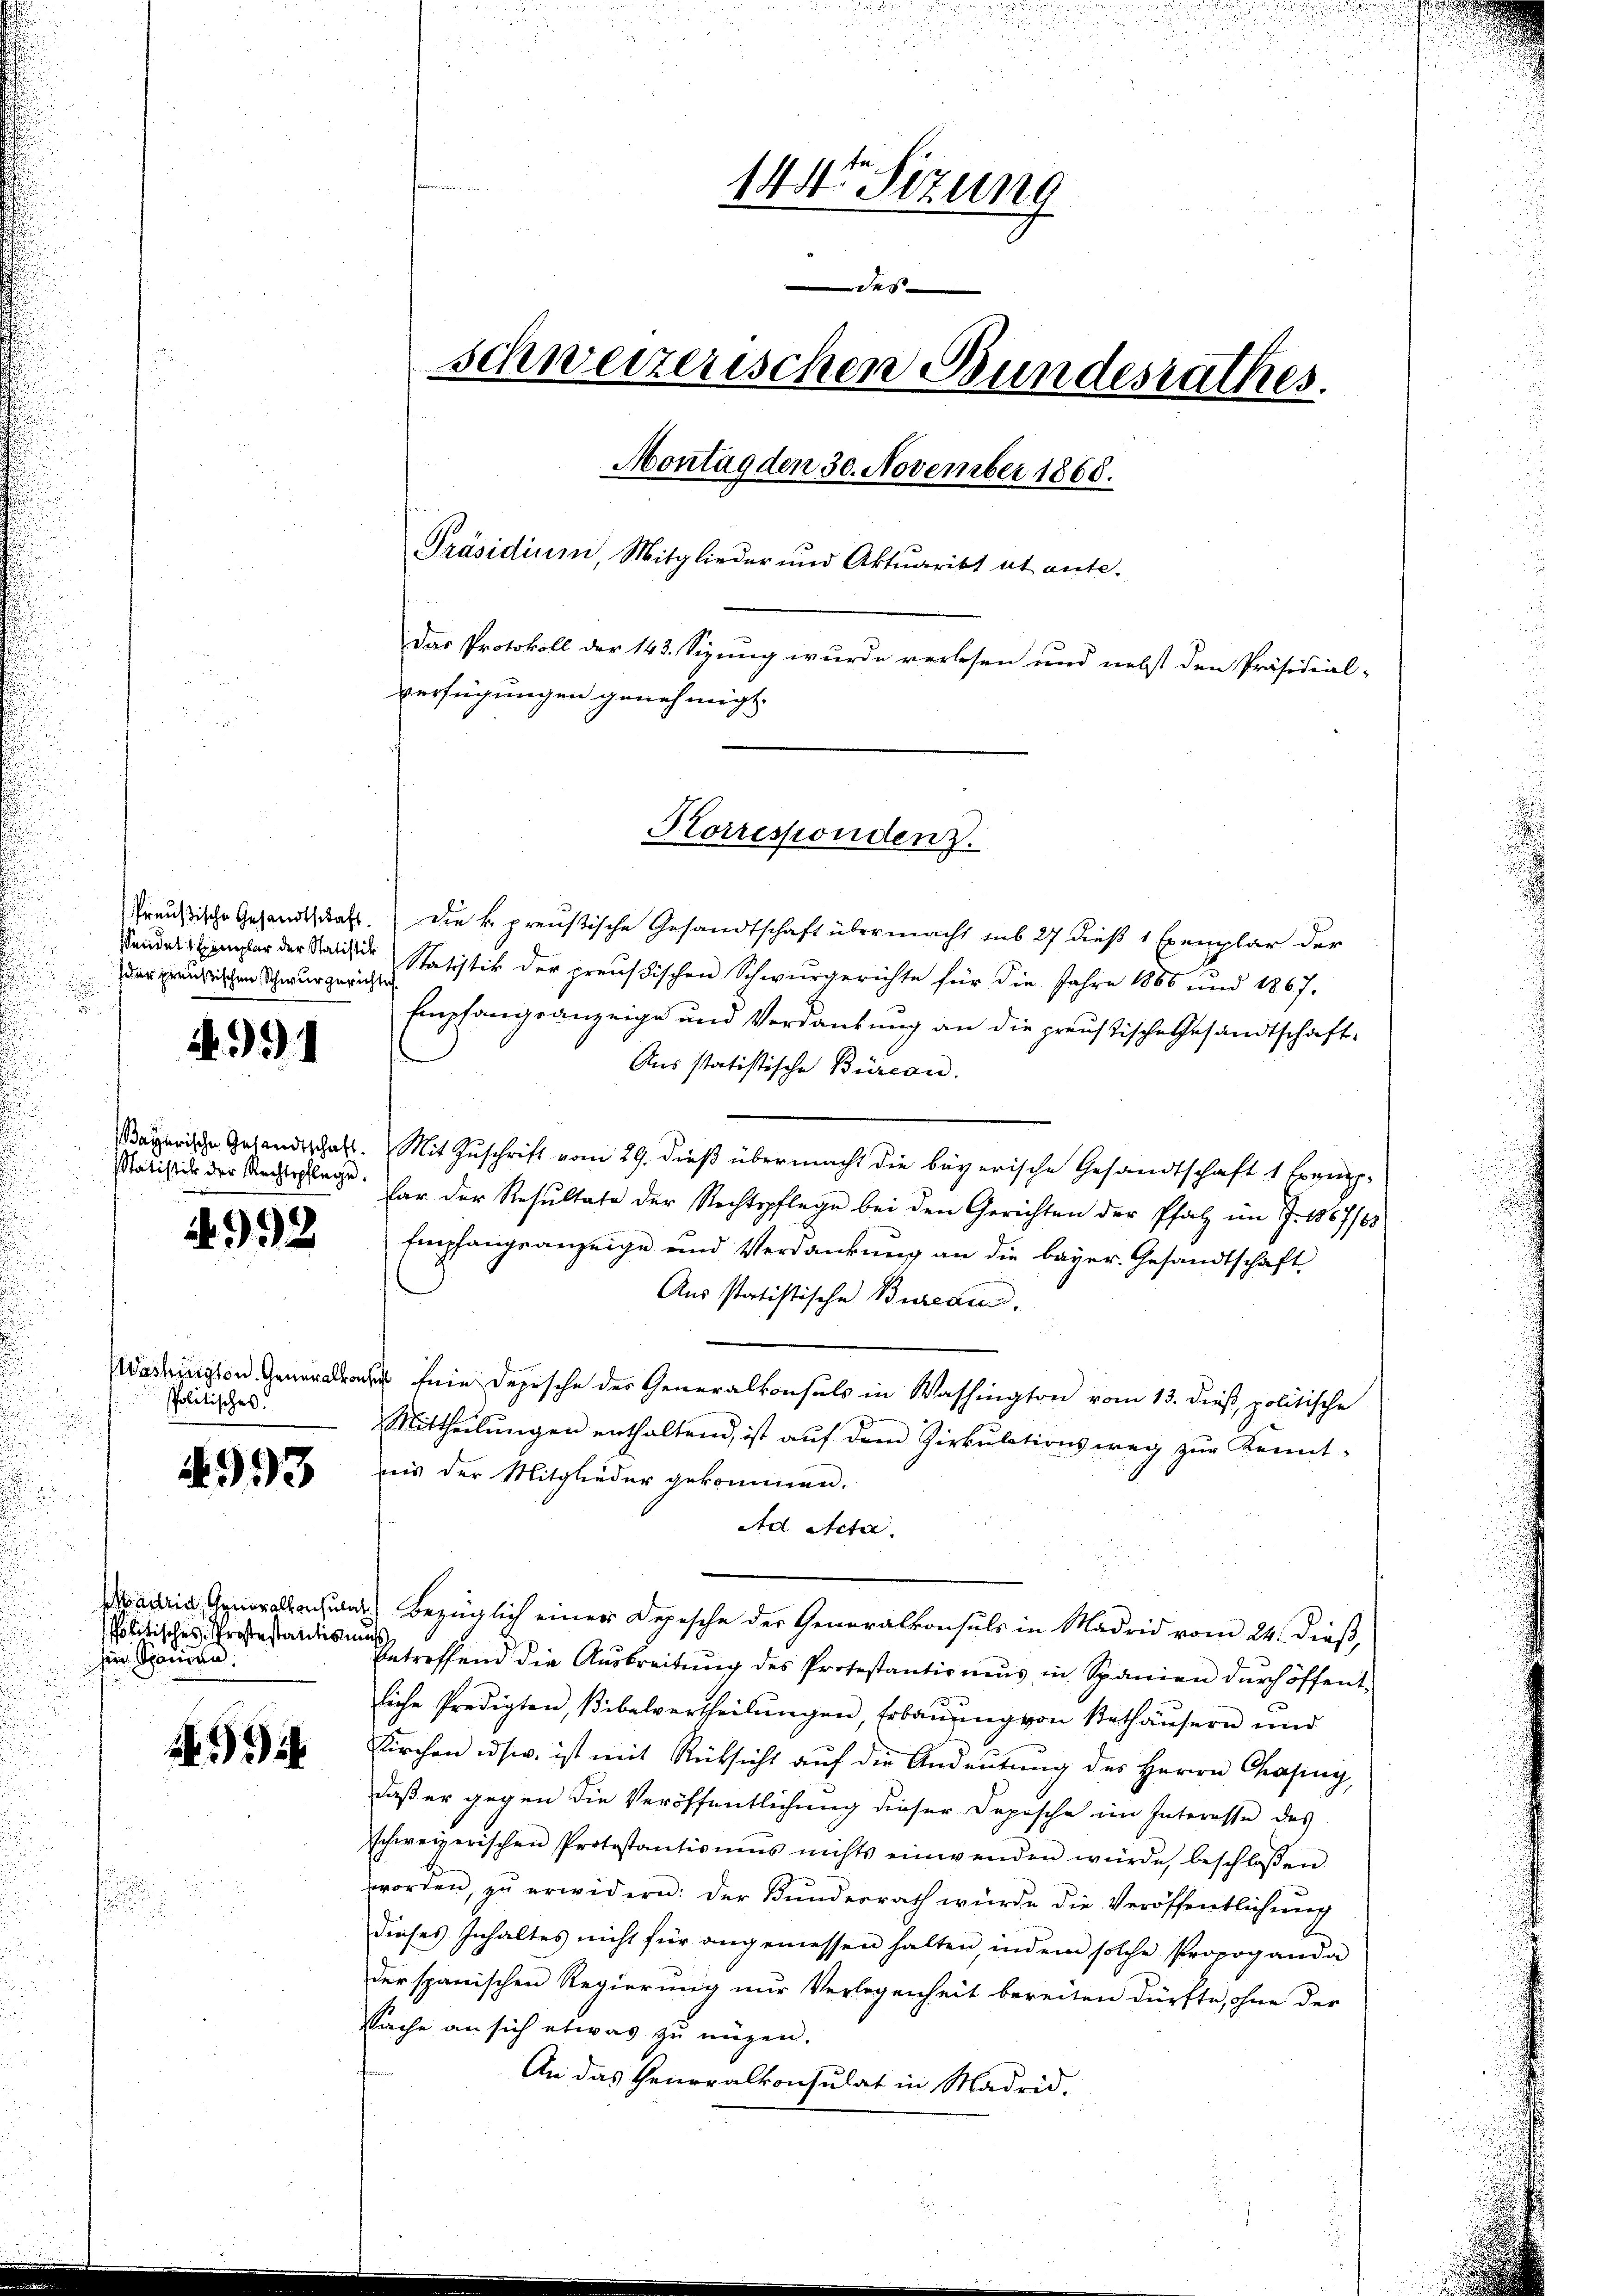
der preußischen Schwurgerichte

.31

Statistik der Rechtspflege.

1992

Washington. Generalko
Politisches.

993

politisches Protestantismu
hir. Spanien.

.

144te Sitzung
des
schweizerischen Bundesrathes.
Montag den 30. November 1868.
Präsidium, Mitglieder und Aktuarist et ante.
Das Protokoll der 143. Sizung wurde verlesen und nebst den Präsidial-
verfügungen genehmigt.

Preußische Gesandtschaft. Die k. preußische Gesandtschaft übermacht sub 27 dieß 1 Exemplar der
standels er der Seide Statistik der preußischen Schwurgerichte für die Jahre 1886 und 1867.
Empfangsanzeige und Verdankung an die preustische Gesandtschaft¬
Aus statistische Büreau.
Bayerische Gesandtschaft. Mit Zŭschrift vom 29. dieβ übermacht die bayerische Gesandtschaft 1 Exemp-
far der Resultate der Rechtspflege bei den Gerichten der Pfalz im J. 1857/68
Empfangsanzeige und Verdankung an die bayer. Gesandtschaft,
Aus statistische Bureau.
 fein Depesche der Generalkonsuls in Washington vom 13. dieß, politische
Mittheilŭngen enthaltend, ist aŭf dem Zirkŭlationsweg zŭr Kennt-
ais der Mitglieder gekommen.
Ad Acta.
Madria Generalkonsuls Bezüglich einer Depesche der Generalkonsuls in Madrid vom 24. dieß,
betreffend die Aŭsbreitŭng des Protestantions in Spanien dŭrch öffent-
liche Predigten, Bibelvertheilungen Erbauung von Mathäusern und
Kirchen usw. ist mit Rücksicht auf die Andeutung des Herrn Capug,
daß er gegen die Veröffentlichung dieser Depesche im Interesse des
schweizerischen Protestantismus nichts einwenden würde, beschlossen
worden, zŭ erwidern: der Bŭndesrath würde die Veröffentlichŭng
dieses Inhaltes nicht für angemessen halten, indem solche Propoganda
der spanischen Regierung nur Verlegenheit bereiten dürfte, ohne der
Sache an sich etwas zu mögen.
An das Generalkonsulat in Madrid.

Korresponden.